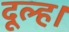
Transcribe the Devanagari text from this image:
दूल्ह।